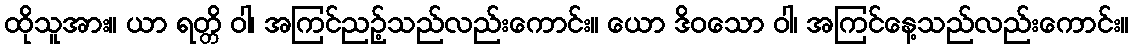
ထိုသူအား။ ယာ ရတ္တိ ဝါ၊ အကြင်ညဉ့်သည်လည်းကောင်း။ ယော ဒိဝသော ဝါ၊ အကြင်နေ့သည်လည်းကောင်း။